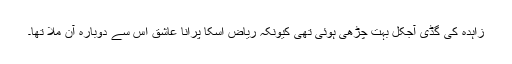
زاہدہ کی گڈی آجکل بہت چڑھی ہوئی تھی کیونکہ ریاض اسکا پرانا عاشق اس سے دوبارہ آن ملا تھا۔